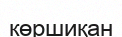
көршиқан